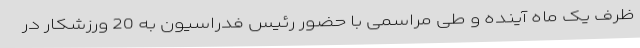
ظرف یک ماه آینده و طی مراسمی با حضور رئیس فدراسیون به 20 ورزشکار در